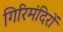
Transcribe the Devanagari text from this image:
गिरिमंदिरों